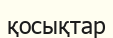
қосықтар